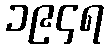
၁၉၄ရ